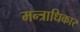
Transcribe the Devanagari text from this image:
मन्त्राधिकार